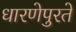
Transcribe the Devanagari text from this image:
धारणेपुरते